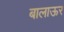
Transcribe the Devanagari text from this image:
बालाऊर